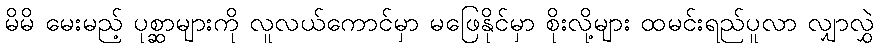
မိမိ မေးမည့် ပုစ္ဆာများကို လူလယ်ကောင်မှာ မဖြေနိုင်မှာ စိုးလို့များ ထမင်းရည်ပူလာ လျှာလွှဲ